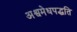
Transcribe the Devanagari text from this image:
अश्वमेधपद्धति